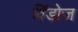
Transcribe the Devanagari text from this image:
विँडोज